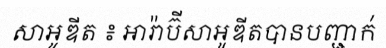
សាអូឌីត ៖ អារ៉ាប៊ីសាអូឌីតបានបញ្ជាក់